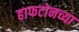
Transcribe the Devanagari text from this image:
हाफटोनच्या